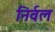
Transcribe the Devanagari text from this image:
निर्वल